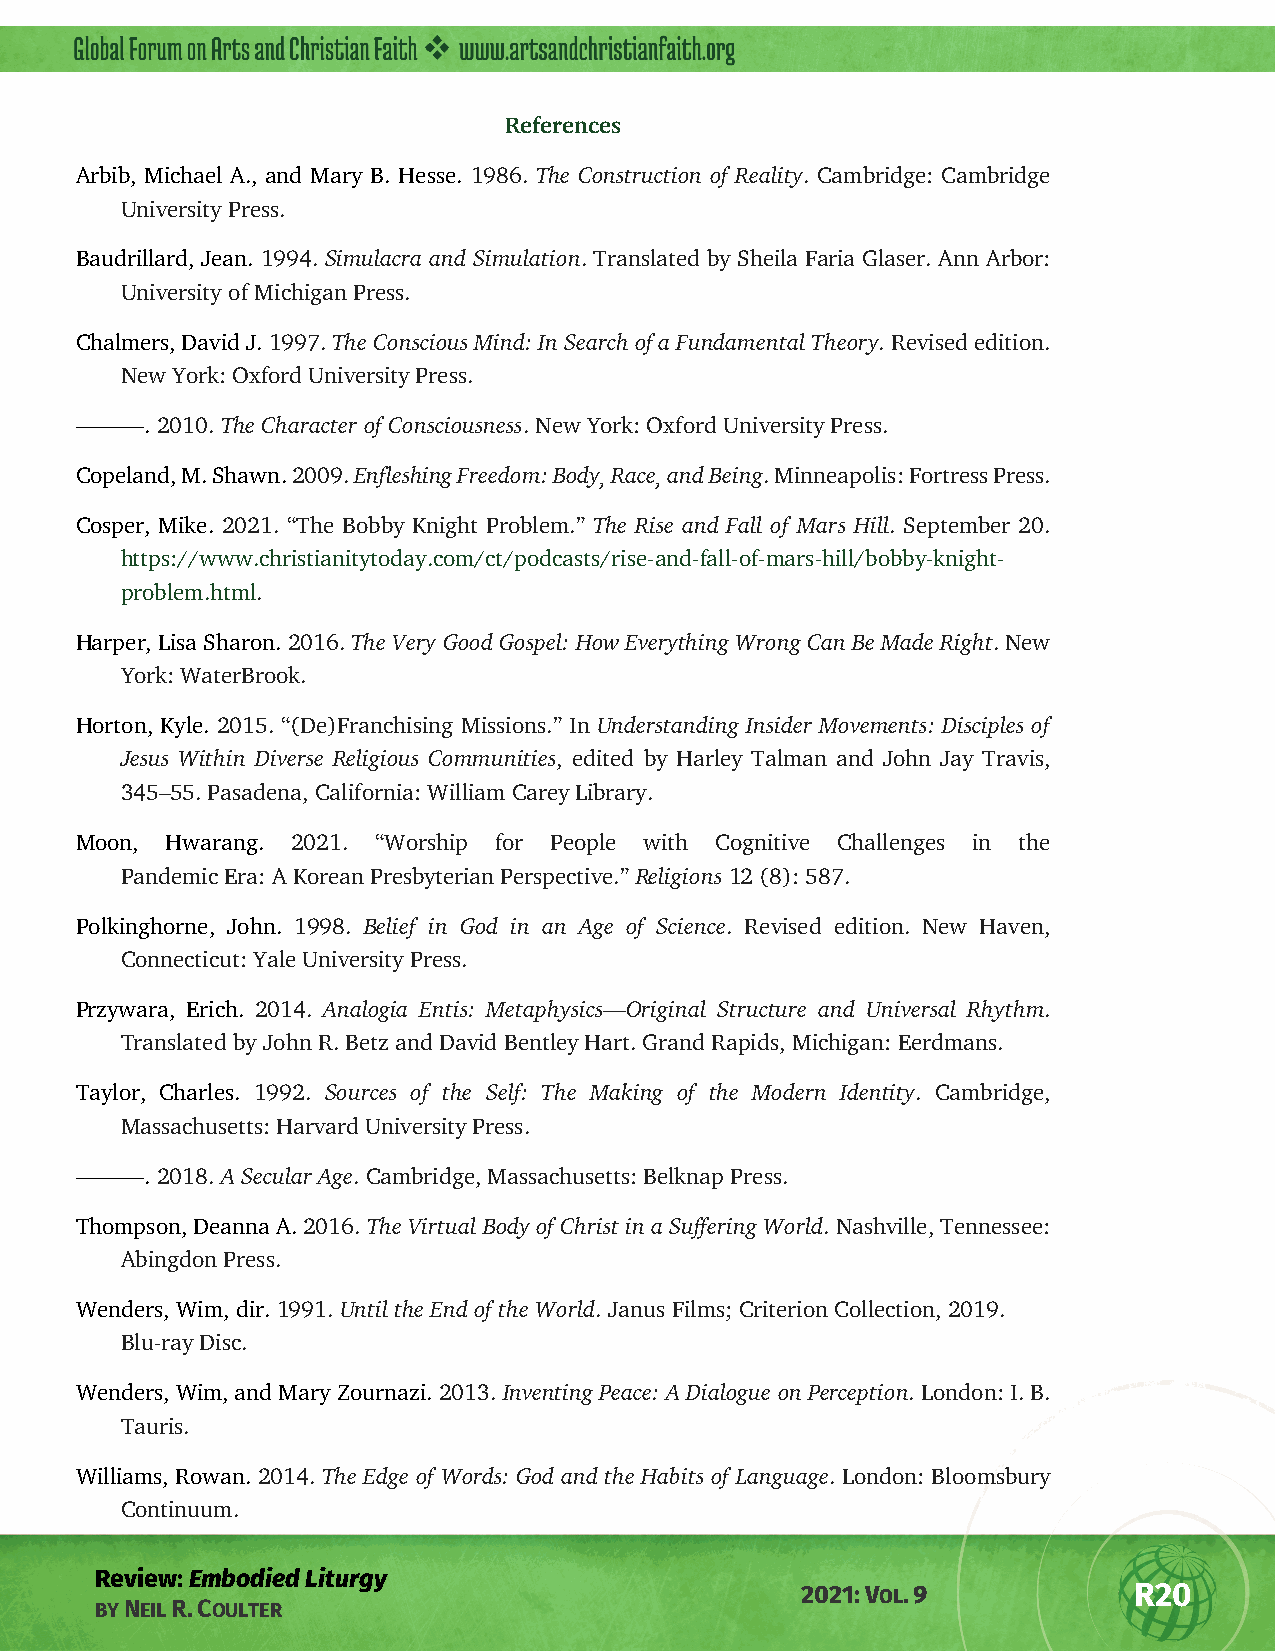
References
 Arbib, Michael A., and Mary B. Hesse. 1986. The Construction of Reality. Cambridge: Cambridge
 University Press.
 Baudrillard, Jean. 1994. Simulacra and Simulation. Translated by Sheila Faria Glaser. Ann Arbor:
 University of Michigan Press.
 Chalmers, David J. 1997. The Conscious Mind: In Search of a Fundamental Theory. Revised edition.
 New York: Oxford University Press.
 ———. 2010. The Character of Consciousness. New York: Oxford University Press.
 Copeland, M. Shawn. 2009. Enfleshing Freedom: Body, Race, and Being. Minneapolis: Fortress Press.
 Cosper, Mike. 2021. “The Bobby Knight Problem.” The Rise and Fall of Mars Hill. September 20.
 https://www.christianitytoday.com/ct/podcasts/rise-and-fall-of-mars-hill/bobby-knight-
 problem.html.
 Harper, Lisa Sharon. 2016. The Very Good Gospel: How Everything Wrong Can Be Made Right. New
 York: WaterBrook.
 Horton, Kyle. 2015. “(De)Franchising Missions.” In Understanding Insider Movements: Disciples of
 Jesus Within Diverse Religious Communities, edited by Harley Talman and John Jay Travis,
 345–55. Pasadena, California: William Carey Library.
 Moon, Hwarang. 2021. “Worship for People with Cognitive Challenges in the
 Pandemic Era: A Korean Presbyterian Perspective.” Religions 12 (8): 587.
 Polkinghorne, John. 1998. Belief in God in an Age of Science. Revised edition. New Haven,
 Connecticut: Yale University Press.
 Przywara, Erich. 2014. Analogia Entis: Metaphysics—Original Structure and Universal Rhythm.
 Translated by John R. Betz and David Bentley Hart. Grand Rapids, Michigan: Eerdmans.
 Taylor, Charles. 1992. Sources of the Self: The Making of the Modern Identity. Cambridge,
 Massachusetts: Harvard University Press.
 ———. 2018. A Secular Age. Cambridge, Massachusetts: Belknap Press.
 Thompson, Deanna A. 2016. The Virtual Body of Christ in a Suffering World. Nashville, Tennessee:
 Abingdon Press.
 Wenders, Wim, dir. 1991. Until the End of the World. Janus Films; Criterion Collection, 2019.
 Blu-ray Disc.
 Wenders, Wim, and Mary Zournazi. 2013. Inventing Peace: A Dialogue on Perception. London: I. B.
 Tauris.
 Williams, Rowan. 2014. The Edge of Words: God and the Habits of Language. London: Bloomsbury
 Continuum.
 Review: Embodied Liturgy
 2021: VOL. 9          R20
 BY NEIL R. COULTER